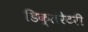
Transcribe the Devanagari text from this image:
डिक्लेरेटरी